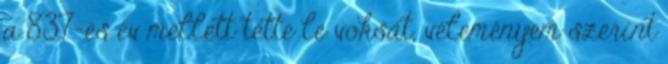
a 837-es év mellett tette le voksát, véleményem szerint